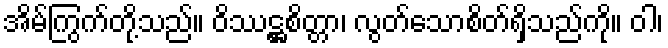
အိမ်ကြွက်တို့သည်။ ဝိဿဋ္ဌစိတ္တာ၊ လွတ်သောစိတ်ရှိသည်ကို။ ဝါ၊